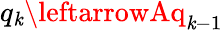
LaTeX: q_{\mathit{k}}\leftarrowAq_{\mathit{k}-1}